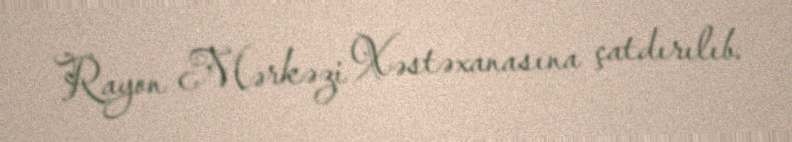
Rayon Mərkəzi Xəstəxanasına çatdırılıb.